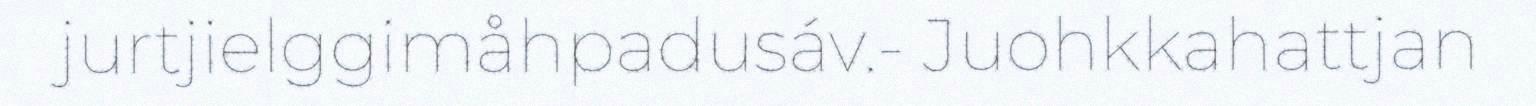
jurtjielggimåhpadusáv.- Juohkkahattjan